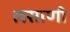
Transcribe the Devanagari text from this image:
लसाणी